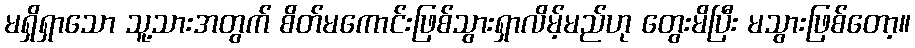
မရှိရှာသော သူ့သားအတွက် စိတ်မကောင်းဖြစ်သွားရှာလိမ့်မည်ဟု တွေးမိပြီး မသွားဖြစ်တော့။